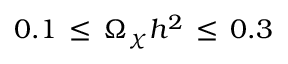
0 . 1 \, \le \, \Omega _ { \chi } h ^ { 2 } \, \le \, 0 . 3